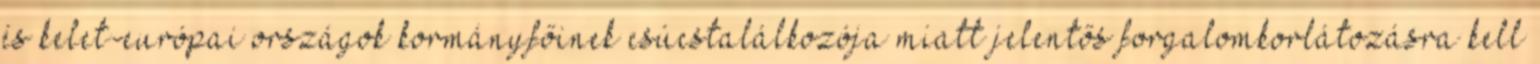
és kelet-európai országok kormányfőinek csúcstalálkozója miatt jelentős forgalomkorlátozásra kell